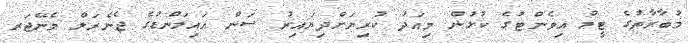
މުބާރާތުގެ ޓީމް އިވެންޓުގެ ކުޅުން މިއަދު ކުރިޔަށްދިޔައިރު ސަން އައިލަންޑުގެ ޖެނެރަލް މެނޭޖަރ